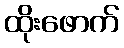
ထိုးဖောက်